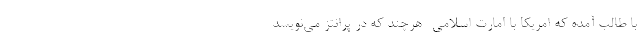
با طالب آمده كه امريكا با امارت اسلامي- هرچند كه در پرانتز مي‌نويسد